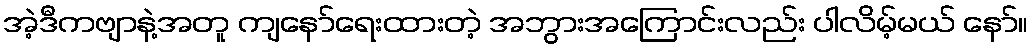
အဲ့ဒီကဗျာနဲ့အတူ ကျနော်ရေးထားတဲ့ အဘွားအကြောင်းလည်း ပါလိမ့်မယ် နော်။